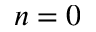
n = 0